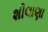
શીલાણા